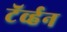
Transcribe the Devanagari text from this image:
टॅर्व्हन